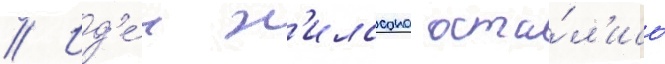
// Ид'е́и н'илссона оста́л'ись